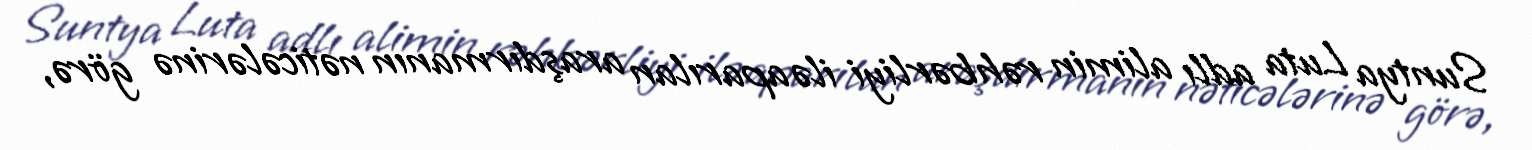
Suntya Luta adlı alimin rəhbərliyi ilə aparılan araşdırmanın nəticələrinə görə,